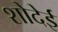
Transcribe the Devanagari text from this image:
शोदेई